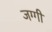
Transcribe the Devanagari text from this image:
जग्‍गी